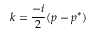
k = \frac { - i } { 2 } ( p - p ^ { * } )